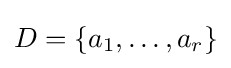
D=\{a_{1},\dots ,a_{r}\}